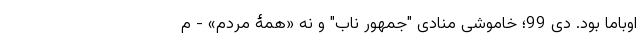
اوباما بود. دی 99؛ خاموشیِ منادیِ "جمهور ناب" و نه «همۀ مردم» - م